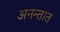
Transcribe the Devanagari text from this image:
अनन्तात